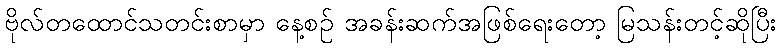
ဗိုလ်တထောင်သတင်းစာမှာ နေ့စဉ် အခန်းဆက်အဖြစ်ရေးတော့ မြသန်းတင့်ဆိုပြီး